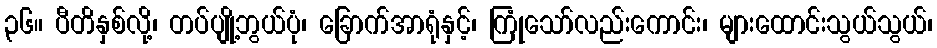
၃၆။ ပီတိနှစ်လို့၊ တပ်ပျို့ဘွယ်ပုံ၊ ခြောက်အာရုံနှင့်၊ ကြုံသော်လည်းကောင်း၊ များထောင်းသွယ်သွယ်၊